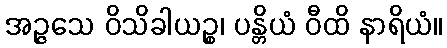
အဉ္ဇသေ ဝိသိခါယဉ္စ၊ ပန္တိယံ ဝီထိ နာရိယံ။